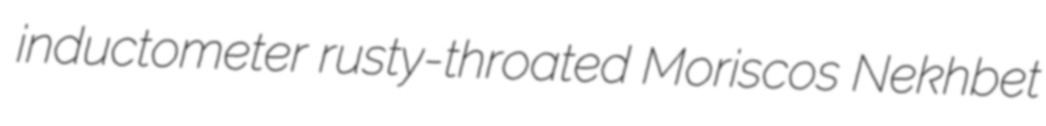
inductometer rusty-throated Moriscos Nekhbet